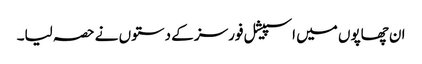
ان چھاپوں میں اسپیشل فورسز کے دستوں نے حصہ لیا۔